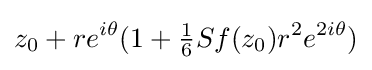
z_{0}+re^{i\theta }(1+{\tfrac {1}{6}}Sf(z_{0})r^{2}e^{2i\theta })